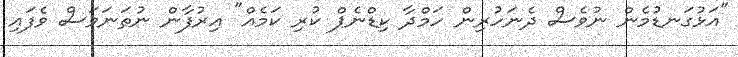
"އަޅުގަނޑުމެން ނުވެސް ދެނަހުރިން ހަމްދާ ކިޑްނެޕް ކުރި ކަމެއް" އިރުފާން ނުތަނަވަސް ވެފައި